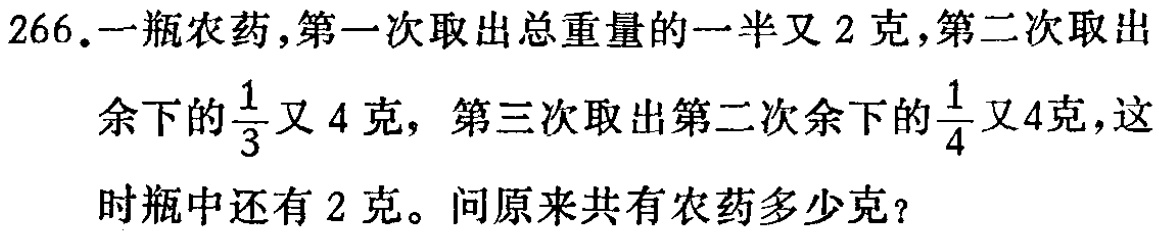
266.一瓶农药,第一次取出总重量的一半又2克,第二次取出

余下的$\frac{1}{3}$又4克，第三次取出第二次余下的$\frac{1}{4}$又4克,这

时瓶中还有2克。问原来共有农药多少克？